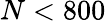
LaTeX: N<800